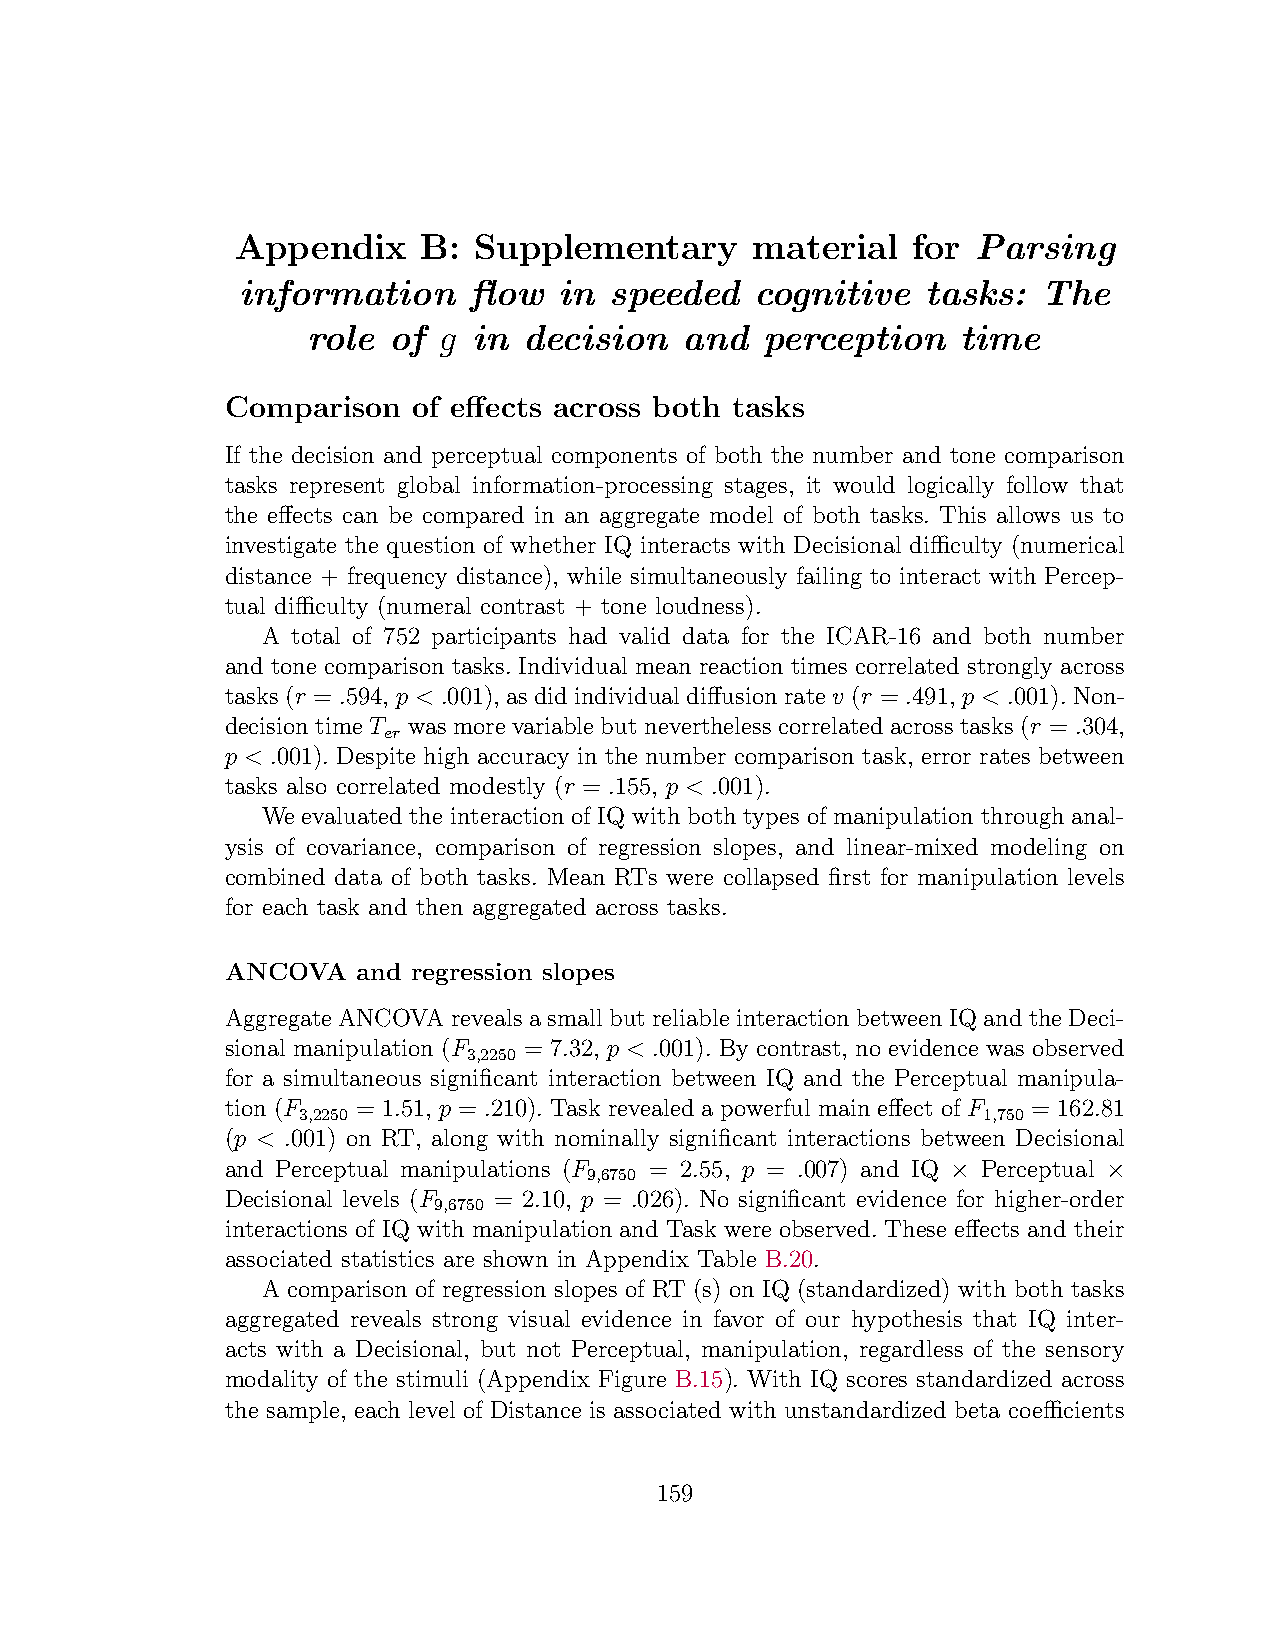
Appendix    B: Supplementary      material  for  Parsing
 information    flow  in speeded   cognitive  tasks:  The
 role  of g in  decision  and   perception   time
 Comparison  of effects across both tasks
 If the decision and perceptual components of both the number and tone comparison
 tasks represent global information-processing stages, it would logically follow that
 the effects can be compared in an aggregate model of both tasks. This allows us to
 investigate the question of whether IQ interacts with Decisional difficulty (numerical
 distance + frequency distance), while simultaneously failing to interact with Percep-
 tual difficulty (numeral contrast + tone loudness).
 A total of 752 participants had valid data for the ICAR-16 and both number
 and tone comparison tasks. Individual mean reaction times correlated strongly across
 tasks (r = .594, p < .001), as did individual diffusion rate v (r = .491, p < .001). Non-
 decision time T was more variable but nevertheless correlated across tasks (r = .304,
 er
 p < .001). Despite high accuracy in the number comparison task, error rates between
 tasks also correlated modestly (r = .155, p < .001).
 We evaluated the interaction of IQ with both types of manipulation through anal-
 ysis of covariance, comparison of regression slopes, and linear-mixed modeling on
 combined data of both tasks. Mean RTs were collapsed first for manipulation levels
 for each task and then aggregated across tasks.
 ANCOVA   and regression slopes
 Aggregate ANCOVA reveals a small but reliable interaction between IQ and the Deci-
 sional manipulation (F = 7.32, p < .001). By contrast, no evidence was observed
 3,2250
 for a simultaneous significant interaction between IQ and the Perceptual manipula-
 tion (F  = 1.51, p = .210). Task revealed a powerful main effect of F = 162.81
 3,2250                                       1,750
 (p < .001) on RT, along with nominally significant interactions between Decisional
 and Perceptual manipulations (F = 2.55, p = .007) and IQ × Perceptual ×
 9,6750
 Decisional levels (F = 2.10, p = .026). No significant evidence for higher-order
 9,6750
 interactions of IQ with manipulation and Task were observed. These effects and their
 associated statistics are shown in Appendix Table B.20.
 A comparison of regression slopes of RT (s) on IQ (standardized) with both tasks
 aggregated reveals strong visual evidence in favor of our hypothesis that IQ inter-
 acts with a Decisional, but not Perceptual, manipulation, regardless of the sensory
 modality of the stimuli (Appendix Figure B.15). With IQ scores standardized across
 the sample, each level of Distance is associated with unstandardized beta coefficients
 159